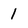
Character: 1